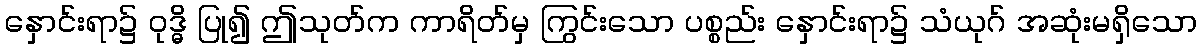
နှောင်းရာ၌ ဝုဒ္ဓိ ပြု၍ ဤသုတ်က ကာရိတ်မှ ကြွင်းသော ပစ္စည်း နှောင်းရာ၌ သံယုဂ် အဆုံးမရှိသော